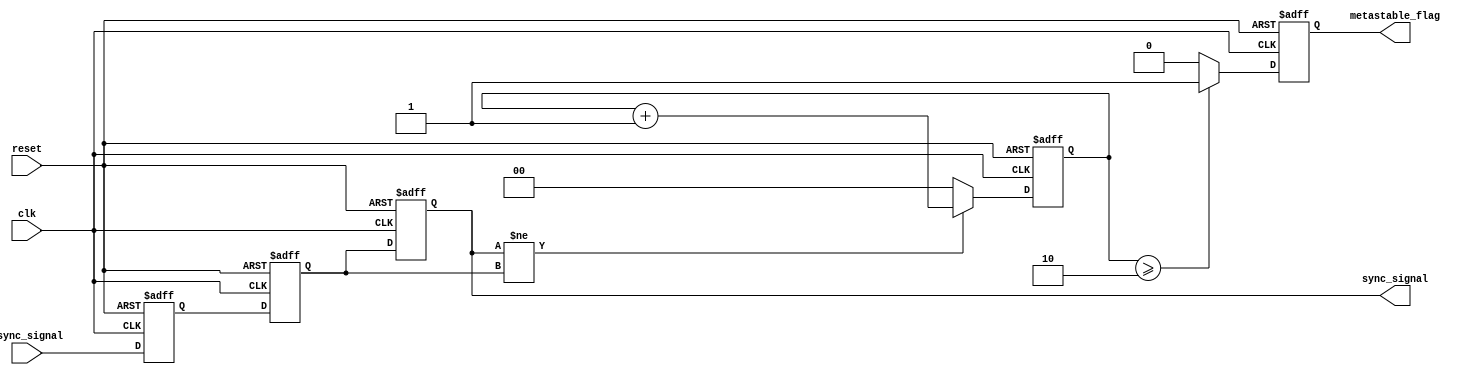
module metastability_detector (
    input wire clk,               // Clock signal
    input wire reset,             // Reset signal
    input wire async_signal,      // Asynchronous input signal
    output reg sync_signal,       // Synchronized output signal
    output reg metastable_flag     // Metastability indicator
);

    // Internal signals for double synchronization
    reg sync_ff1;
    reg sync_ff2;

    // Parameters for timing analysis (adjust as necessary)
    parameter METASTABILITY_THRESHOLD = 2; // Number of clock cycles to monitor for metastability

    // Counter to monitor state changes
    reg [1:0] change_counter; // 2-bit counter to track changes

    // Synchronous process for double synchronization
    always @(posedge clk or posedge reset) begin
        if (reset) begin
            sync_ff1 <= 1'b0;
            sync_ff2 <= 1'b0;
            sync_signal <= 1'b0;
            metastable_flag <= 1'b0;
            change_counter <= 2'b00;
        end else begin
            // First flip-flop captures the async signal
            sync_ff1 <= async_signal;
            // Second flip-flop for further synchronization
            sync_ff2 <= sync_ff1;

            // Update the synchronized output signal
            sync_signal <= sync_ff2;

            // Check for changes in sync_signal to detect metastability
            if (sync_signal != sync_ff2) begin
                change_counter <= change_counter + 1'b1;
            end else begin
                change_counter <= 2'b00; // Reset counter if no change
            end

            // Assert metastable_flag if changes are detected within the threshold
            if (change_counter >= METASTABILITY_THRESHOLD) begin
                metastable_flag <= 1'b1; // Indicate metastability condition
            end else begin
                metastable_flag <= 1'b0; // Clear metastability flag
            end
        end
    end

endmodule